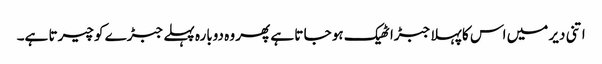
اتنی دیر میں اس کا پہلا جبڑا ٹھیک ہو جا تا ہے پھر وہ دوبارہ پہلے جبڑے کو چیرتا ہے۔